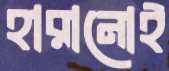
হারানোই